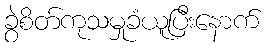
ခွဲစိတ်ကုသမှုခံယူပြီးနောက်